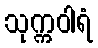
သုက္ကဝါရံ